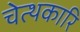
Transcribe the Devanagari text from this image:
चेत्थकारि